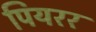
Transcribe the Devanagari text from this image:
पियरर